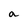
Character: a